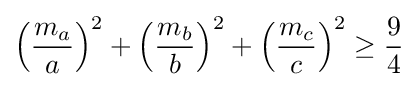
\left({\frac {m_{a}}{a}}\right)^{2}+\left({\frac {m_{b}}{b}}\right)^{2}+\left({\frac {m_{c}}{c}}\right)^{2}\geq {\frac {9}{4}}